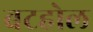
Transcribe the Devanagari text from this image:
बटहोल